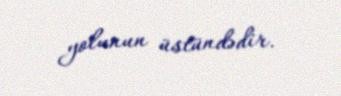
yolunun üstündədir.